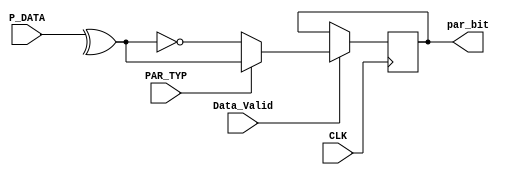
module Par_Calc #(
    parameter Data_Len = 8
) (
    input wire Data_Valid, CLK,
    input wire [ Data_Len - 1 : 0 ]P_DATA,
    input wire PAR_TYP,
    output reg par_bit    
);
reg P_Data_Parity;
always @(posedge CLK) begin
    P_Data_Parity =^P_DATA; //odd = 1
    if (Data_Valid) begin
        if( PAR_TYP )begin // 1 i want Odd and if 0 i want even
            par_bit = P_Data_Parity; // odd parity
        end
        else begin
            par_bit = ~P_Data_Parity; //even parity
        end
    end
end
endmodule